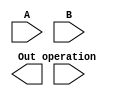
/*

ALU insctruction - "Guia Prtico RISC-V", Pg. 43

imm[11:0]  |         |  rs1 000 rd 0010011 |  I addi  |  Add Immediate.                    |  I-tBpe, RV32I and RV64I.   |  A[rd] = A[rs1] + seAt(immediate)
imm[11:0]  |         |  rs1 010 rd 0010011 |  I slti  |  Set if Less Than Immediate.       |  I-tBpe, RV32I and RV64I.   |  A[rd] = A[rs1] < s seAt(immediate)
imm[11:0]  |         |  rs1 011 rd 0010011 |  I sltiu |  Set if Less Than Immediate.       |  Unsign, RV32I and RV64I.   |  A[rd] = A[rs1] < u seAt(immediate)
imm[11:0]  |         |  rs1 100 rd 0010011 |  I Aori  |  EAclusive-OR Immediate.           |  I-tBpe, RV32I and RV64I.   |  A[rd] = A[rs1] ^ seAt(immediate)
imm[11:0]  |         |  rs1 110 rd 0010011 |  I ori   |  OR Immediate.                     |  I-tBpe, RV32I and RV64I.   |  A[rd] = A[rs1] | seAt(immediate)
imm[11:0]  |         |  rs1 111 rd 0010011 |  I andi  |  AND Immediate.                    |  I-tBpe, RV32I and RV64I.   |  A[rd] = A[rs1] & seAt(immediate)
0000000    |  shamt  |  rs1 001 rd 0010011 |  I slli  |  Shift Left Logical Immediate.     |  I-tBpe, RV32I and RV64I.   |  A[rd] = A[rs1] << shamt 
0000000    |  shamt  |  rs1 101 rd 0010011 |  I srli  |  Shift Right Logical Immediate.    |  I-tBpe, RV32I and RV64I.   |  A[rd] = A[rs1] >> u shamt
0100000    |  shamt  |  rs1 101 rd 0010011 |  I srai  |  Shift Right Arithmetic Immediate. |  I-tBpe, RV32I and RV64I.   |  A[rd] = A[rs1] >> s shamt
0000000    |   rs2   |  rs1 000 rd 0110011 |  R add   |  Add.                              |  R-tBpe, RV32I and RV64I.   |  A[rd] = A[rs1] + A[rs2]
0100000    |   rs2   |  rs1 000 rd 0110011 |  R sub   |  Subtract.                         |  R-tBpe, RV32I and RV64I.   |  A[rd] = A[rs1] - A[rs2]
0000000    |   rs2   |  rs1 001 rd 0110011 |  R sll   |  Shift Left Logical.               |  R-tBpe, RV32I and RV64I.   |  A[rd] = A[rs1] << A[rs2] 
0000000    |   rs2   |  rs1 010 rd 0110011 |  R slt   |  Set if Less Than.                 |  R-tBpe, RV32I and RV64I.   |  A[rd] = A[rs1] < s A[rs2] 
0000000    |   rs2   |  rs1 011 rd 0110011 |  R sltu  |  Set if Less Than, Unsigned.       |  R-tBpe, RV32I and RV64I.   |  A[rd] = A[rs1] < u A[rs2]
0000000    |   rs2   |  rs1 100 rd 0110011 |  R Aor   |  EAclusive-OR.                     |  R-tBpe, RV32I and RV64I.   |  A[rd] = A[rs1] ^ A[rs2] 
0000000    |   rs2   |  rs1 101 rd 0110011 |  R srl   |  Shift Right Logical.              |  R-tBpe, RV32I and RV64I.   |  A[rd] = A[rs1] >> u A[rs2]
0100000    |   rs2   |  rs1 101 rd 0110011 |  R sra   |  Shift Right Arithmetic.           |  R-tBpe, RV32I and RV64I.   |  A[rd] = A[rs1] >> s A[rs2] 
0000000    |   rs2   |  rs1 110 rd 0110011 |  R or    |  OR.                               |  R-tBpe, RV32I and RV64I.   |  A[rd] = A[rs1] | A[rs2] 
0000000    |   rs2   |  rs1 111 rd 0110011 |  R and   |  AND.                              |  R-tBpe, RV32I and RV64I.   |  A[rd] = A[rs1] & A[rs2] 

*/

module ALU (

  input     [3:0]   operation,
  input     [31:0]  A,
  input     [31:0]  B,
  output    [31:0]  Out

);

// ALU Operations
    parameter ADD = 4'h0;
    parameter SUB = 4'h1;
    parameter OR = 4'h2;
    parameter XOR = 4'h3;
    parameter AND = 4'h4;
    parameter LesserThanUnsigned = 4'h5;
    parameter LesserThanSigned = 4'h6;
    parameter ShiftRightUnsigned = 4'h7;
    parameter ShiftRightSigned = 4'h8;
    parameter ShiftLeftUnsigned = 4'h9;
    parameter ShiftLeftSigned = 4'hA;
    parameter GreaterThanOrEqualUnsigned = 4'hB;
    parameter GreaterThanOrEqualSigned = 4'hC;
    parameter Equal = 4'hD;
    parameter NotEqual = 4'hE;

    reg [31:0] result;

    integer i;

    always @(*) begin

        case (operation)

            ADD:  
                result = A + B;

            SUB: 
                result = A - B;

            OR: 
                result = A | B;

            XOR:
                result = A ^ B;

            AND:
                result = A & B;

            LesserThanUnsigned: 
                result = A < B;

            LesserThanSigned:
                result = $signed(A) < $signed(B);

            ShiftRightUnsigned:
                result = A >> (B % 32);
                                                        
            ShiftRightSigned:
                result = $signed(A) >>> (B % 32);         
            
            ShiftLeftUnsigned:          
                result = A << (B % 32);                             
            
            ShiftLeftSigned:
                result = $signed(A) <<< (B % 32);          
            
            GreaterThanOrEqualUnsigned:
                result = A >= B;

            GreaterThanOrEqualSigned:
                result = $signed(A) >= $signed(B);
            
            Equal:  
                result = A == B;

            NotEqual:                   
                result = A != B;

            default:       
                result = 0;

        endcase
    
    end

    assign O = result;

endmodule